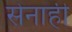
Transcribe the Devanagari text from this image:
सेनाही